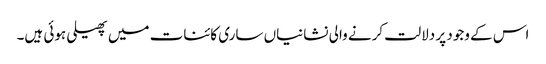
اس کے وجود پر دلالت کرنے والی نشانیاں ساری کائنات میں پھیلی ہوئی ہیں۔